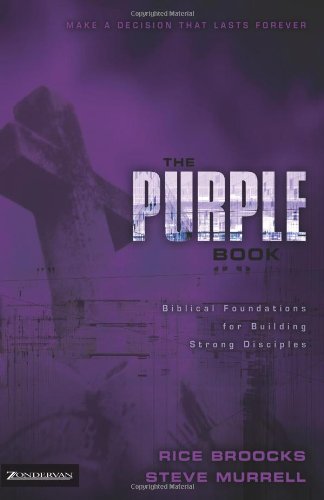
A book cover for The Purple Book: Biblical Foundations for Building Strong Disciples; Rice Broocks; Christian Books & Bibles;